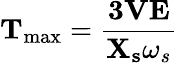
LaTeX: \mathbf{T}_{\mathrm{max}}={\frac{{\mathbf{3}}{\mathbf{V}}{\mathbf{E}}}{{\mathbf{X_{s}}}{\omega_{s}}}}